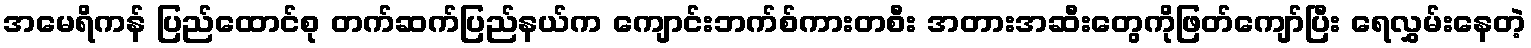
အမေရိကန် ပြည်ထောင်စု တက်ဆက်ပြည်နယ်က ကျောင်းဘက်စ်ကားတစီး အတားအဆီးတွေကိုဖြတ်ကျော်ပြီး ရေလွှမ်းနေတဲ့